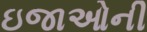
ઇજાઓની